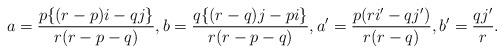
LaTeX: \begin{align*} a = \dfrac{p \{(r-p)i-q j\}}{r(r-p-q)}, b = \dfrac{q \{(r-q) j- p i\}}{r(r-p-q)}, a'= \dfrac{p(r i'-q j')}{r(r-q)}, b'= \dfrac{q j'}{r}. \end{align*}